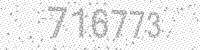
Solution: 716773